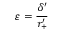
\varepsilon = \frac { \delta ^ { \prime } } { r _ { + } ^ { \prime } }